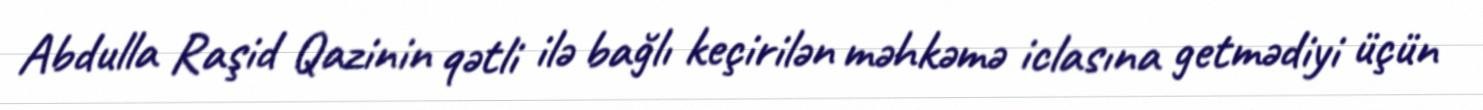
Abdulla Raşid Qazinin qətli ilə bağlı keçirilən məhkəmə iclasına getmədiyi üçün